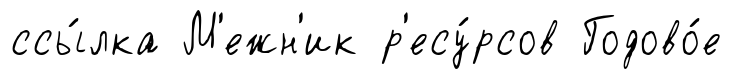
ссы́лка М'ежн'ик р'есу́рсов Годово́е